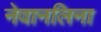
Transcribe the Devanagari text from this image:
नेवानलिना